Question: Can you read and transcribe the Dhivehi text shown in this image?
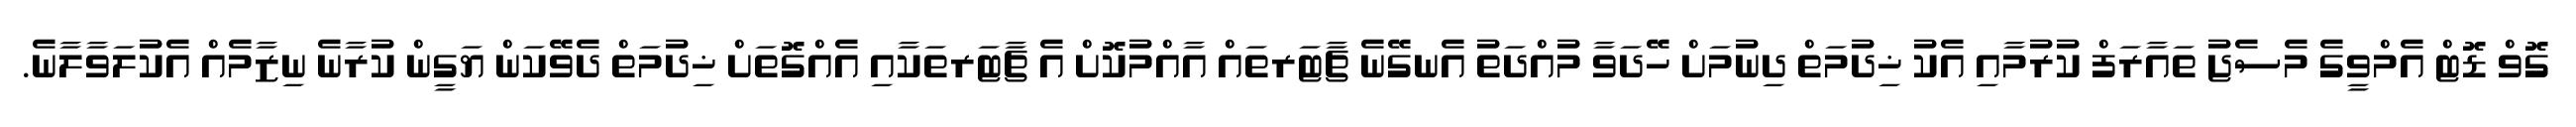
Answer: ގޮވް ޑޮޓް އެމްވީގެ މެސެޖު ތައާރަފް ކުރުމާއި އެކު ޚިދުމަތް ދިނުމަށް ހޭދަވާ މުއްދަތު އެނގޭނެ ޗާޓަރތައް އާއްމުކޮށް އެ ޗާޓަރތަކާއި އެއްގޮތަށް ޚިދުމަތް ދެވޭކަން ޔަގީން ކުރާނެ ނިޒާމެއް އެކުލަވާލާނެ.